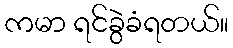
ကမာ ရင်ခွဲခံရတယ်။